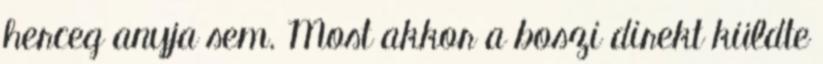
herceg anyja sem. Most akkor a boszi direkt küldte